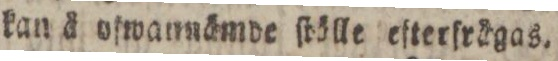
kan å ofwannämde ſtölle efterfrägas.